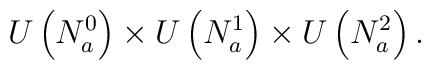
U\left(N^0_a \right) \times U\left(N^1_a \right)\times U\left(N^2_a \right).